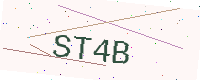
Text: ST4B